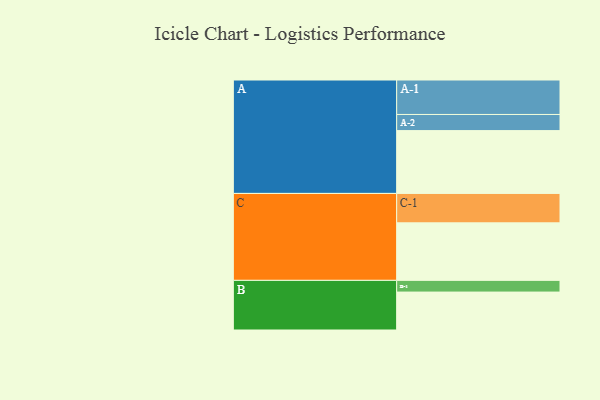
{"axis": {"x": "Segment", "y": "Value"}, "legend": ["", "A", "B", "C"], "data": [{"x": "A", "y": 510, "type": ""}, {"x": "B", "y": 308, "type": ""}, {"x": "C", "y": 467, "type": ""}, {"x": "A-1", "y": 280, "type": "A"}, {"x": "A-2", "y": 131, "type": "A"}, {"x": "B-1", "y": 95, "type": "B"}, {"x": "C-1", "y": 239, "type": "C"}]}